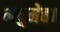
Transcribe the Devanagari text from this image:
मधुमेह।